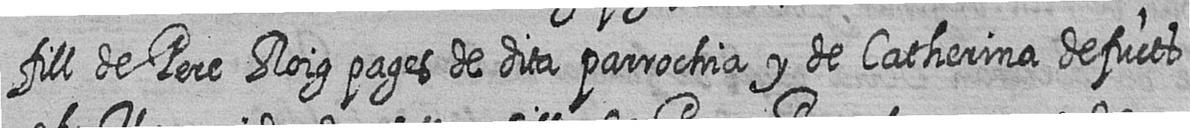
fill de Pere Roig pages de dita parrochia y de Catherina defucts